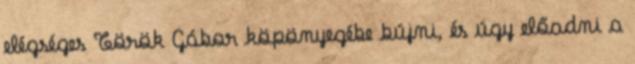
elégséges Török Gábor köpönyegébe bújni, és úgy előadni a